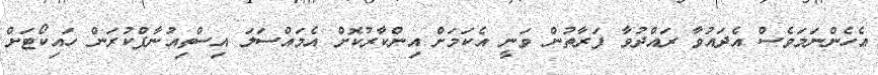
އެހެންނަމަވެސް އެދައުވާ ރައްދުވާ ފަރާތުން ވަނީ އެކަމަށް އިންކާރުކޮށް އެމައްސަލަ އިސްތިއުނާފްކުރަން ހައިކޯޓަށް